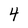
Character: 4